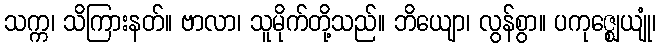
သက္က၊ သိကြားနတ်။ ဗာလာ၊ သူမိုက်တို့သည်။ ဘိယျော၊ လွန်စွာ။ ပကုဇ္ဈေယျုံ၊